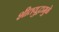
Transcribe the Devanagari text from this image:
शीतयुद्धामुळे